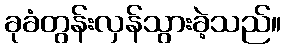
ခုခံတွန်းလှန်သွားခဲ့သည်။